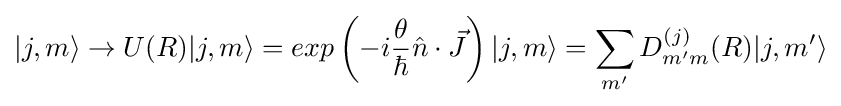
|j,m\rangle \rightarrow U(R)|j,m\rangle =exp\left(-{i{\frac {\theta }{\hbar }}{\hat {n}}\cdot {\vec {J}}}\right)|j,m\rangle =\sum _{m'}D_{m'm}^{(j)}(R)|j,m'\rangle